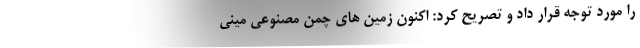
را مورد توجه قرار داد و تصریح کرد: اکنون زمین های چمن مصنوعی مینی